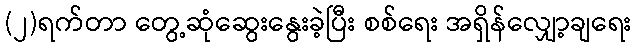
(၂)ရက်တာ တွေ့ဆုံဆွေးနွေးခဲ့ပြီး စစ်ရေး အရှိန်လျှော့ချရေး